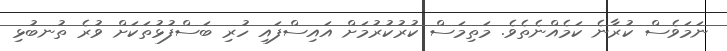
ނަމަވެސް ކުރާނެ ކަމެއްނެތެވެ. މަތިމަސް ކުރުކުރުމަށް އައިސްފައި ހުރި ބަސްފުޅުތަކަށް ވުރެ ތުނބުޅި